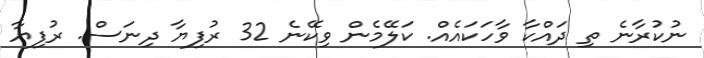
ނުކުރާނެ ތި ދައްކާ ވާހަކައެއް. ކަލޭމެން ވިކޭނެ 32 ރުފިޔާ ދިނަސް. ރުފިޔާ